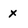
Character: x